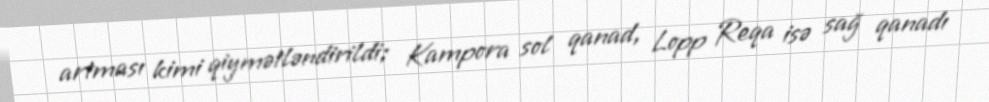
artması kimi qiymətləndirildi; Kampora sol qanad, Lopp Reqa isə sağ qanadı